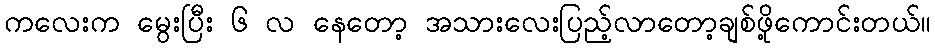
ကလေးက မွေးပြီး ၆ လ နေတော့ အသားလေးပြည့်လာတော့ချစ်ဖို့ကောင်းတယ်။